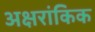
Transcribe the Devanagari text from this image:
अक्षरांकिक